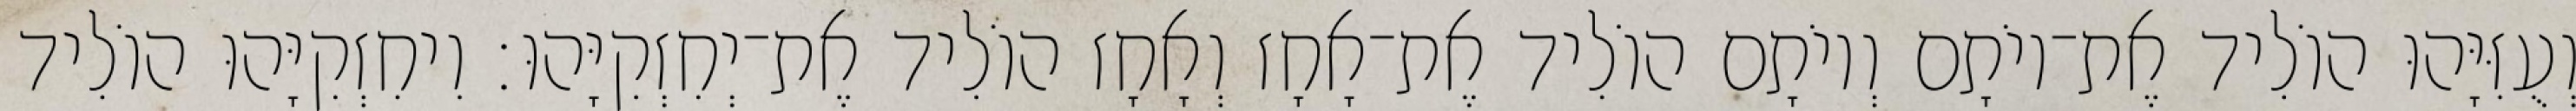
וְעֻזִּיָּהוּ הוֹלִיד אֶת־יוֹתָם וְיוֹתָם הוֹלִיד אֶת־אָחָז וְאָחָז הוֹלִיד אֶת־יְחִזְקִיָּהוּ׃ וִיחִזְקִיָּהוּ הוֹלִיד